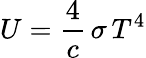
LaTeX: U={\frac{4}{c}}\, \sigma\, T^{4}